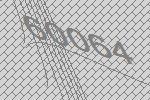
60064